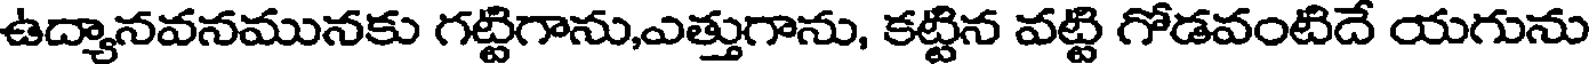
ఉద్యానవనమునకు గట్టిగాను,ఎత్తుగాను, కట్టిన వట్టి గోడవంటిదే యగును